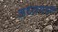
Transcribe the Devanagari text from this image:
अध्ययहन